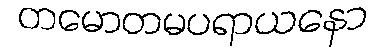
တမောတမပရာယနော